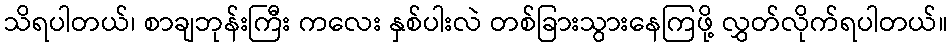
သိရပါတယ်၊ စာချဘုန်းကြီး ကလေး နှစ်ပါးလဲ တစ်ခြားသွားနေကြဖို့ လွှတ်လိုက်ရပါတယ်။